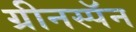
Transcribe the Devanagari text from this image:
ग्रीनस्पॅन